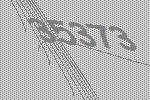
35373